Lunatic asylums Central Provinces reports 1886-1894 - 1886-1894
Year: 1886
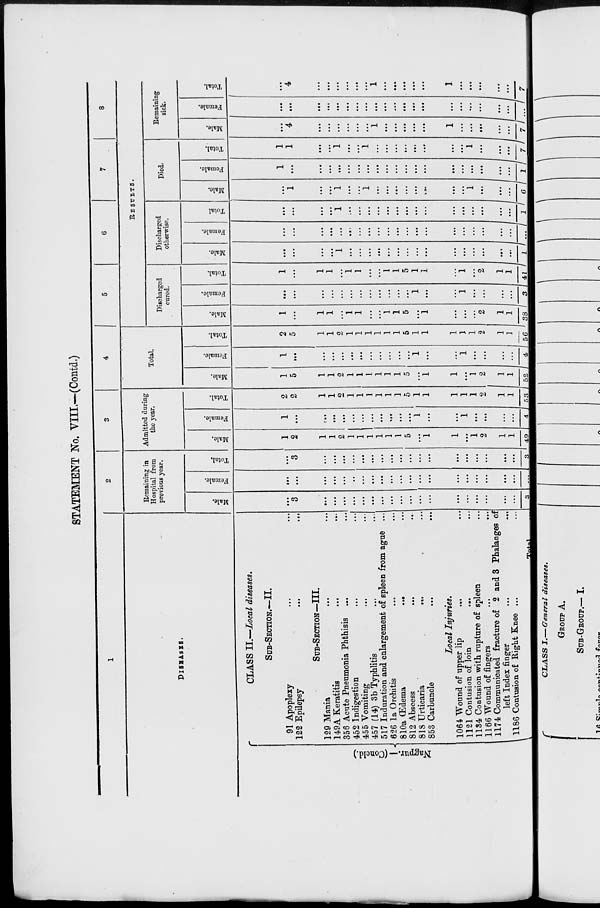
STATEMENT No. VIII.—(Contd.)
1
DISEASES.
Nagpur.— (Concld.)
CLASS II.—Local diseases.
SUB-SECTION.—II.
91 Apoplexy ... ...
122 Epilepsy ... ...
SUB-SECTION—III.
129 Mania ... ...
149A Keratitis ... ...
356 Acute Pneumonia Phthisis ... ...
452 Indigestion ... ...
455 Vomiting
...
...
457 (14) 3b Typhlitis ... ...
517 Induration and enlargement of spleen from ague ...
626 1a Orchitis ... ...
810a
Œdema
...
...
812 Abscess ... ...
818 Urticaria
...
...
853 Carbuncle ... ...
Local Injuries.
1064 Wound of upper lip ... ...
1121 Contusion of loin ... ...
1134 Contusion with rupture of spleen ...
1166 Wound of
fingers
...
...
1174 Communicated fracture of 2 and 3 Phalanges of
left Index finger ... ...
1186 Contusion of Right Knee ... ...
Total ...
2
Remaining in
Hospital from
previous year.
Male.
...
3
...
...
...
...
...
...
...
...
...
...
...
...
...
...
...
...
...
...
3
Female.
...
...
...
...
...
...
...
...
...
...
...
...
...
...
...
...
...
...
...
...
...
Total.
...
3
...
...
...
...
...
...
...
...
...
...
...
...
...
...
...
...
...
...
3
3
Admitted during
the year.
Male.
1
2
1
1
2
1
1
1
1
1
1
5
...
1
1
...
1
2
1
1
49
Female.
1
...
...
...
...
...
...
...
...
...
...
...
1
...
...
1
...
...
...
...
4
Total.
2
2
1
1
2
1
1
1
1
1
1
5
1
1
1
1
1
2
1
1
53
4
Total.
Male.
1
5
1
1
2
1
1
1
1
1
1
5
...
1
1
...
1
2
1
1
52
Female.
1
...
...
...
...
...
...
...
...
...
...
...
1
...
...
1
...
...
...
...
4
Total.
2
5
1
1
2
1
1
1
1
1
1
5
1
1
1
1
1
2
1
1
56
5
6
7
8
RESULTS.
Discharged
cured.
Male.
1
...
1
1
...
1
1
...
...
1
1
5
...
1
...
...
...
2
1
1
38
Female.
...
...
...
...
...
...
...
...
...
...
...
...
1
...
...
1
...
...
...
...
3
Total.
1
...
1
1
...
1
1
...
...
1
1
5
1
1
...
1
...
2
1
1
41
Discharged
otherwise.
Male.
...
...
...
...
1
...
...
...
...
...
...
...
...
...
...
...
...
...
...
...
1
Female.
...
...
...
...
...
...
...
...
...
...
...
...
...
...
...
...
...
...
...
...
...
Total.
...
...
...
...
1
...
...
...
...
...
...
...
...
...
...
...
...
...
...
...
1
Died.
Male.
...
1
...
...
1
...
...
1
...
...
...
...
...
...
...
...
1
...
...
...
6
Female.
1
...
...
...
...
...
...
...
...
...
...
...
...
...
...
...
...
...
...
...
1
Total.
1
1
...
...
1
...
...
1
...
...
...
...
...
...
...
...
1
...
...
...
7
Remaining
sick.
Male.
...
4
...
...
...
...
...
...
1
...
...
...
...
...
1
...
...
...
...
...
7
Female.
...
...
...
...
...
...
...
...
...
...
...
...
...
...
...
...
...
...
...
...
...
Total.
...
4
...
...
...
...
...
...
1
...
...
...
...
...
1
...
...
...
...
...
7